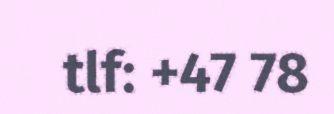
tlf: +47 78